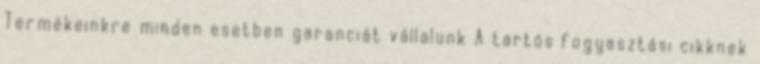
Termékeinkre minden esetben garanciát vállalunk A tartós fogyasztási cikknek